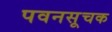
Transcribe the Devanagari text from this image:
पवनसूचक